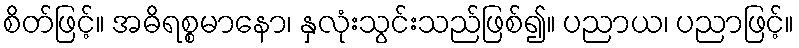
စိတ်ဖြင့်။ အဓိရစ္စမာနော၊ နှလုံးသွင်းသည်ဖြစ်၍။ ပညာယ၊ ပညာဖြင့်။